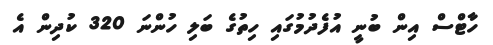
ހާޓްސް އިން ބުނީ އުފެދުމުގައި ހިތުގެ ބަލި ހުންނަ 320 ކުދިން އެ